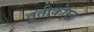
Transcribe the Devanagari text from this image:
तूतीकोरन